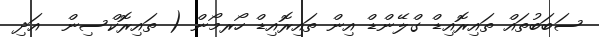
ސަބަބުތައް ތައިރޮއިޑް ގްލޭންޑް އިން ތައިރޮއިޑް ހޯރމޯން ( ތައިރޮކްސިން  އަދި